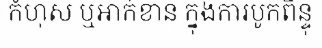
កំហុស ឬអាក់ខាន ក្នុងការបូកពិន្ទុ